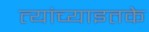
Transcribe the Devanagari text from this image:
त्यांच्याइतके